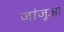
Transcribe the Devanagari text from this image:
जांजूआ